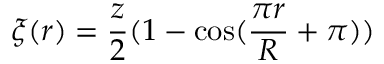
\xi ( r ) = \frac { z } { 2 } ( 1 - \cos ( \frac { \pi r } { R } + \pi ) )